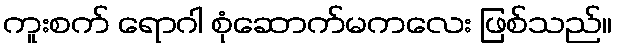
ကူးစက် ရောဂါ စုံဆောက်မကလေး ဖြစ်သည်။